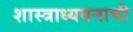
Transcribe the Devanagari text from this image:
शास्त्राध्ययनाची